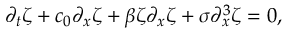
\partial _ { t } \zeta + c _ { 0 } \partial _ { x } \zeta + \beta \zeta \partial _ { x } \zeta + \sigma \partial _ { x } ^ { 3 } \zeta = 0 ,